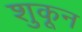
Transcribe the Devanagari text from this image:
शुकून